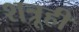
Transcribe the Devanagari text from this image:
शत्रूही